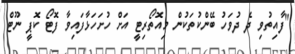
"ފާއިތުވި ދެ ދުވަހު ބޭންކުތަކުން މިއޮތޯރިޓީ އަށް ހުށަހަޅާފައިވާ ފޮޓޯ ކޮޕީ ނޫޓް